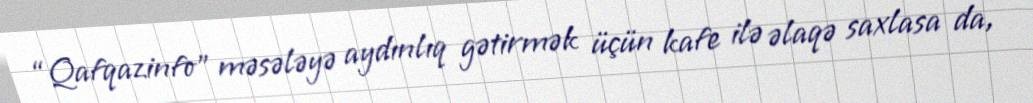
“Qafqazinfo” məsələyə aydınlıq gətirmək üçün kafe ilə əlaqə saxlasa da,